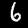
Digit: 6